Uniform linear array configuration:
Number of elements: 24
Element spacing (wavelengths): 0.25
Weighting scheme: cosine
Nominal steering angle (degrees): -15
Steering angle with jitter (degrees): -13.677
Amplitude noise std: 0.05
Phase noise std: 0.05

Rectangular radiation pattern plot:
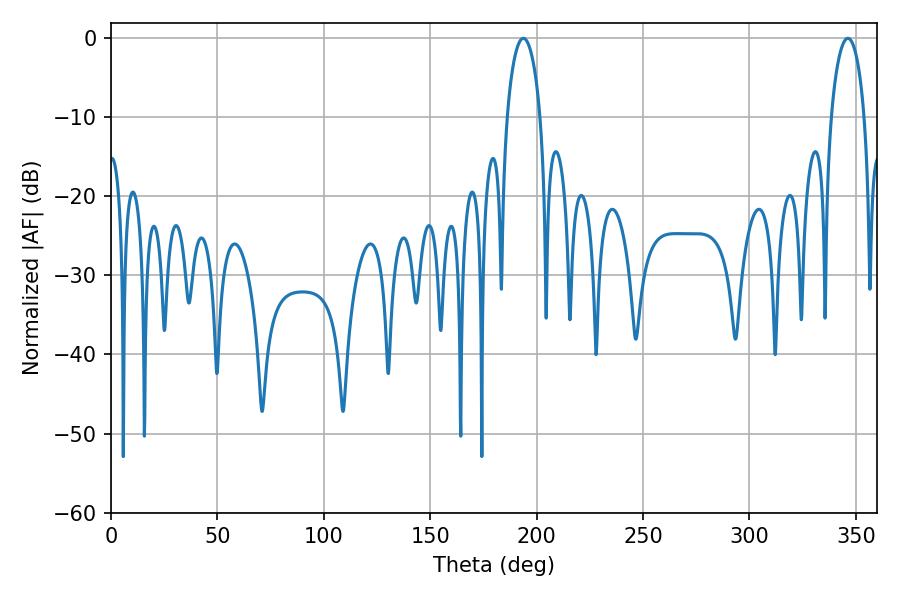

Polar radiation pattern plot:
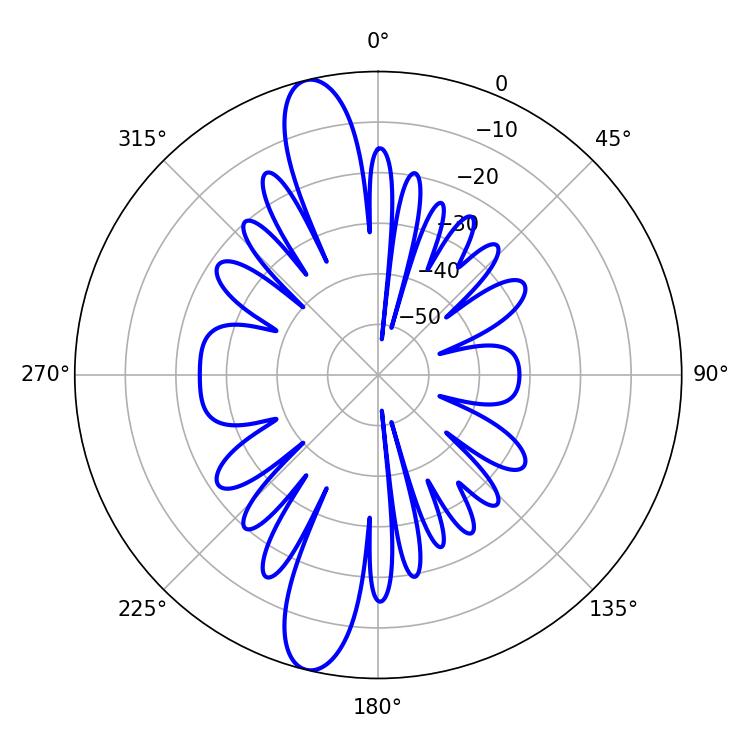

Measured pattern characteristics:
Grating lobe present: FALSE
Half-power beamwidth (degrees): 8.82
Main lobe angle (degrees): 193.68